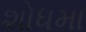
શોધમા